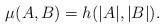
LaTeX: \begin{align*}\mu(A,B) = h(|A|, |B|).\end{align*}